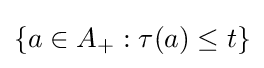
\{a\in A_{+}:\tau (a)\leq t\}